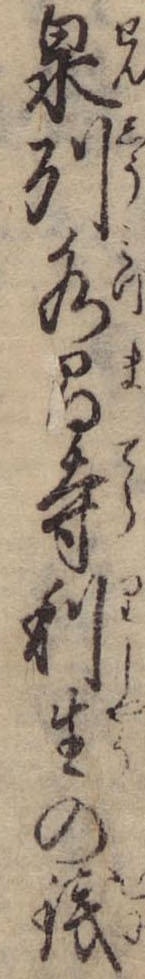
泉州水間寺利生の銭